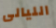
الليالى